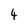
Character: 4